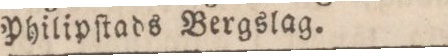
Philipſtads Bergslag.